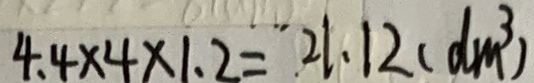
4 . 4 \times 4 \times 1 . 2 = 2 1 . 1 2 ( d m ^ { 3 } )